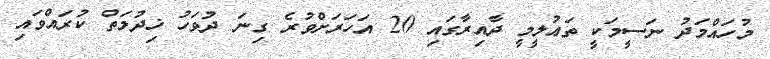
މުހައްމަދު ނަސީމަކީ ތަޢުލީމީ ދާއިރާގައި 20 އަހަރަށްވުރެ ގިނަ ދުވަހު ޚިދުމަތް ކުރައްވައި